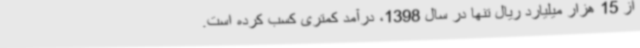
از 15 هزار میلیارد ریال تنها در سال 1398، درآمد کمتری کسب کرده است.